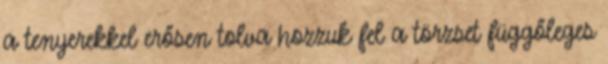
a tenyerekkel erősen tolva hozzuk fel a törzset függőleges